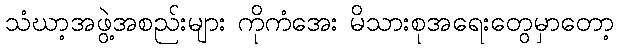
သံဃာ့အဖွဲ့အစည်းများ ကိုကံအေး မိသားစုအရေးတွေမှာတော့